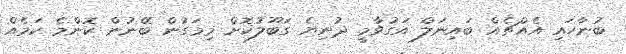
ބުނާހައި އެއްޗެއް ބައިނަލް އަގުވާމީ ދުނިޔެ ގަބޫލުކޮށް މިމަގުން ބޭނުން ކޮންމެ ކަމެއް